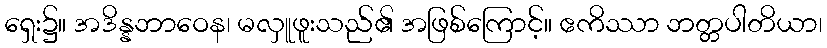
ရှေး၌။ အဒိန္နဘာဝေန၊ မလှူဖူးသည်၏ အဖြစ်ကြောင့်။ ဧကိဿာ ဘတ္တပါတိယာ၊